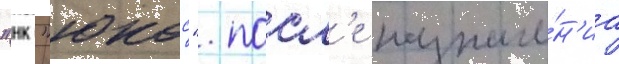
"нк "юкос". посл'е назначе́н'иа